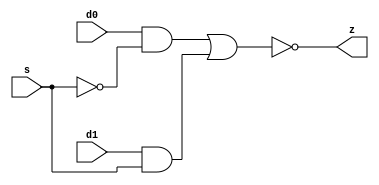
//#############################################################################
//# Function: 2-Input Inverting Mux                                           #
//#                                                                           #
//# Copyright: OH Project Authors. ALl rights Reserved.                       #
//# License:  MIT (see LICENSE file in OH repository)                         # 
//#############################################################################

module oh_mxi2 #(parameter DW = 1 ) // array width
   (
    input [DW-1:0]  d0,
    input [DW-1:0]  d1,
    input [DW-1:0]  s,
    output [DW-1:0] z
    );
   
   assign z = ~((d0 & ~s) | (d1 & s));
   
endmodule